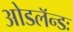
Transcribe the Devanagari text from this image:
ओडलॅन्डः